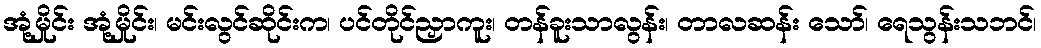
အုံ့မှိုင်း အုံ့မှိုင်း၊ မင်းလွင်ဆိုင်းက၊ ပင်တိုင်ညှာကူး၊ တန်ခူးသာလွန်း၊ တာလဆန်း သော်၊ ရေသွန်းသဘင်၊